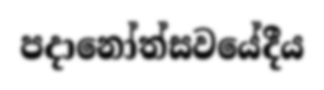
පදානෝත්සවයේදීය